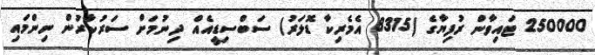
250000 ޓައިވާން ރުފިޔާގެ (8315 އެމެރިކާ ޑޮލަރު) ސަބްސިޑީއެއް ދިނުމަށް ސަރުކާރުން ނިންމައި